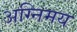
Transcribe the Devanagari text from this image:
अग्निमय